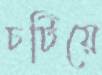
চটিয়ে